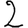
Digit: 2